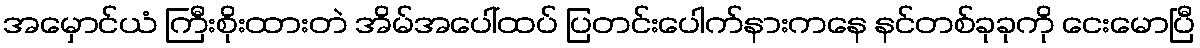
အမှောင်ယံ ကြီးစိုးထားတဲ အိမ်အပေါ်ထပ် ပြတင်းပေါက်နားကနေ နင်တစ်ခုခုကို ငေးမောပြီ